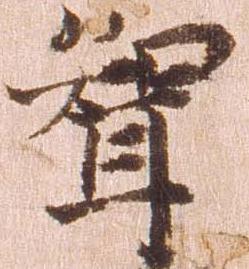
聟